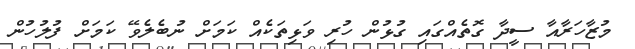
މުޒާހަރާއާ ސީދާ ގޮތެއްގައި ގުޅުން ހުރި ވަޅިތަކެއް ކަމަށް ނުބެލެވޭ ކަމަށް ފުލުހުން